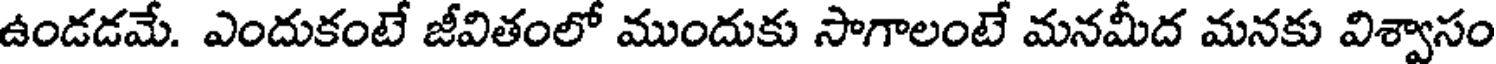
ఉండడమే. ఎందుకంటే జీవితంలో ముందుకు సాగాలంటే మనమీద మనకు విశ్వాసం